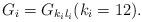
LaTeX: \begin{align*}G_i=G_{k_i l_i}(k_i=12).\end{align*}